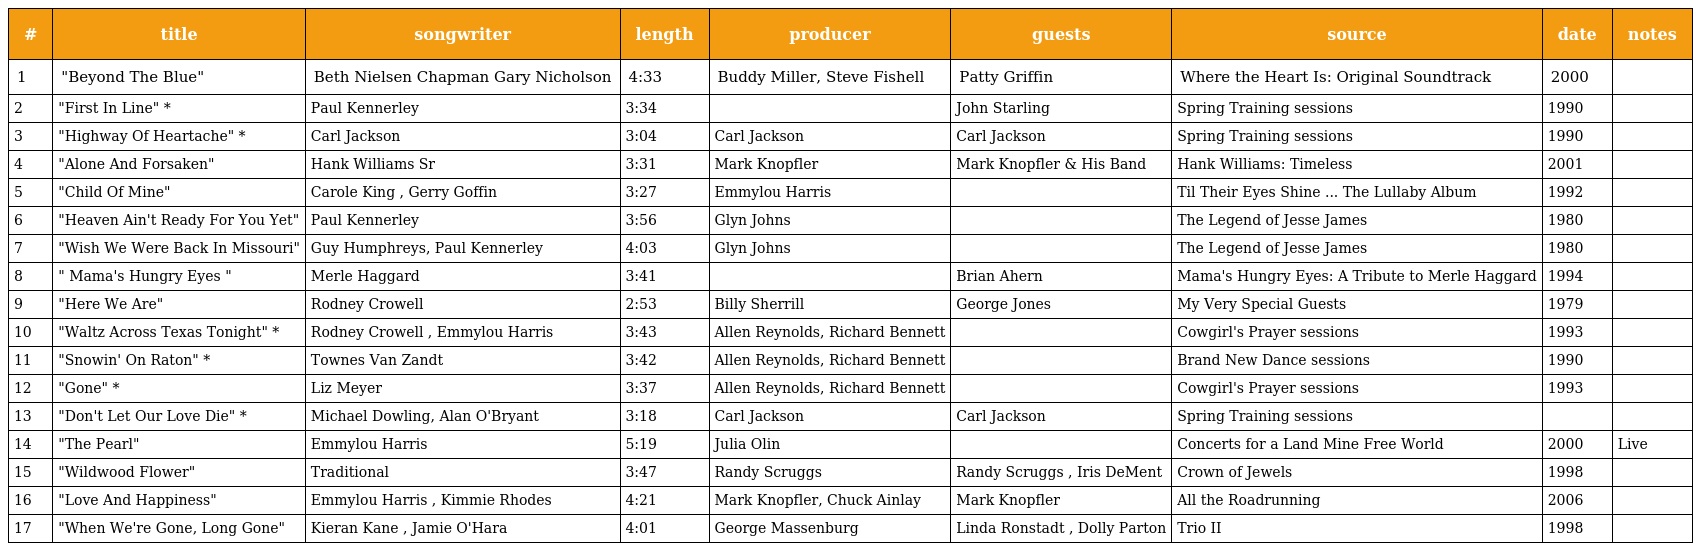
| # | title | songwriter | length | producer | guests | source | date | notes |
 | --- | --- | --- | --- | --- | --- | --- | --- | --- |
 | 1 | "Beyond The Blue" | Beth Nielsen Chapman Gary Nicholson | 4:33 | Buddy Miller, Steve Fishell | Patty Griffin | Where the Heart Is: Original Soundtrack | 2000 |  |
 | 2 | "First In Line" * | Paul Kennerley | 3:34 |  | John Starling | Spring Training sessions | 1990 |  |
 | 3 | "Highway Of Heartache" * | Carl Jackson | 3:04 | Carl Jackson | Carl Jackson | Spring Training sessions | 1990 |  |
 | 4 | "Alone And Forsaken" | Hank Williams Sr | 3:31 | Mark Knopfler | Mark Knopfler & His Band | Hank Williams: Timeless | 2001 |  |
 | 5 | "Child Of Mine" | Carole King , Gerry Goffin | 3:27 | Emmylou Harris |  | Til Their Eyes Shine ... The Lullaby Album | 1992 |  |
 | 6 | "Heaven Ain't Ready For You Yet" | Paul Kennerley | 3:56 | Glyn Johns |  | The Legend of Jesse James | 1980 |  |
 | 7 | "Wish We Were Back In Missouri" | Guy Humphreys, Paul Kennerley | 4:03 | Glyn Johns |  | The Legend of Jesse James | 1980 |  |
 | 8 | " Mama's Hungry Eyes " | Merle Haggard | 3:41 |  | Brian Ahern | Mama's Hungry Eyes: A Tribute to Merle Haggard | 1994 |  |
 | 9 | "Here We Are" | Rodney Crowell | 2:53 | Billy Sherrill | George Jones | My Very Special Guests | 1979 |  |
 | 10 | "Waltz Across Texas Tonight" * | Rodney Crowell , Emmylou Harris | 3:43 | Allen Reynolds, Richard Bennett |  | Cowgirl's Prayer sessions | 1993 |  |
 | 11 | "Snowin' On Raton" * | Townes Van Zandt | 3:42 | Allen Reynolds, Richard Bennett |  | Brand New Dance sessions | 1990 |  |
 | 12 | "Gone" * | Liz Meyer | 3:37 | Allen Reynolds, Richard Bennett |  | Cowgirl's Prayer sessions | 1993 |  |
 | 13 | "Don't Let Our Love Die" * | Michael Dowling, Alan O'Bryant | 3:18 | Carl Jackson | Carl Jackson | Spring Training sessions |  |  |
 | 14 | "The Pearl" | Emmylou Harris | 5:19 | Julia Olin |  | Concerts for a Land Mine Free World | 2000 | Live |
 | 15 | "Wildwood Flower" | Traditional | 3:47 | Randy Scruggs | Randy Scruggs , Iris DeMent | Crown of Jewels | 1998 |  |
 | 16 | "Love And Happiness" | Emmylou Harris , Kimmie Rhodes | 4:21 | Mark Knopfler, Chuck Ainlay | Mark Knopfler | All the Roadrunning | 2006 |  |
 | 17 | "When We're Gone, Long Gone" | Kieran Kane , Jamie O'Hara | 4:01 | George Massenburg | Linda Ronstadt , Dolly Parton | Trio II | 1998 |  |